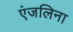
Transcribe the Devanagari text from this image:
एंजलिना